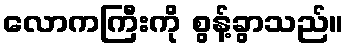
လောကကြီးကို စွန့်ခွာသည်။